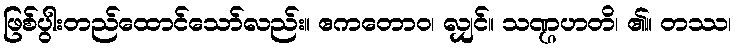
ဖြစ်ပွါးတည်ထောင်သော်လည်း။ ဧကတောဝ၊ လျှင်။ သဏ္ဌဟတိ၊ ၏။ တဿ၊